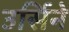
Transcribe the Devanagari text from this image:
उर्सिने